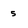
Character: 5